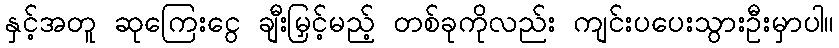
နှင့်အတူ ဆုကြေးငွေ ချီးမြှင့်မည့် တစ်ခုကိုလည်း ကျင်းပပေးသွားဦးမှာပါ။